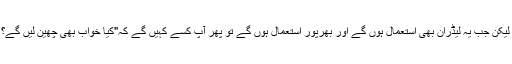
لیکن جب یہ لیڈران بھی استعمال ہوں گے اور بھرپور استعمال ہوں گے تو پھر آپ کسے کہیں گے کہ"کیا خواب بھی چھین لیں گے؟